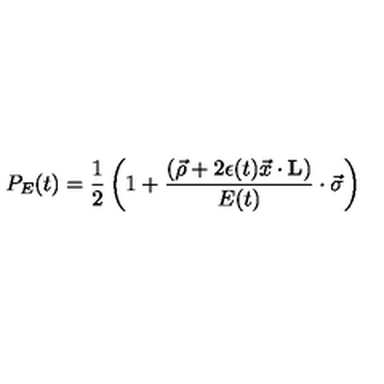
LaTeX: P _ { E } ( t ) = { \frac { 1 } { 2 } } \left( 1 + { \frac { ( \vec { \rho } + 2 \epsilon ( t ) \vec { x } \cdot { \bf L } ) } { E ( t ) } } \cdot \vec { \sigma } \right)